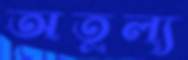
অতুল্য